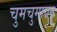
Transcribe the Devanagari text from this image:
चुमचुमायन